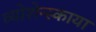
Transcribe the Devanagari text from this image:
व्योशेन्स्काया